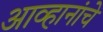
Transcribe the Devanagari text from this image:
आव्हानांचे